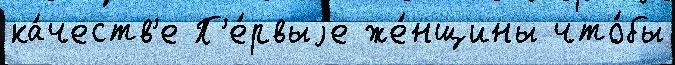
ка́честв'е П'е́рвыjе же́нщины что́бы